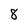
Character: 8